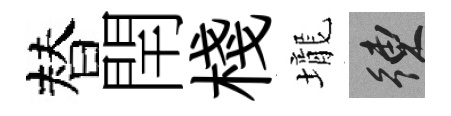
替閈棧壠練